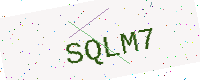
Text: SQLM7